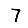
Digit: 7